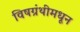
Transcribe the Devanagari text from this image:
विषग्रंथीमधून